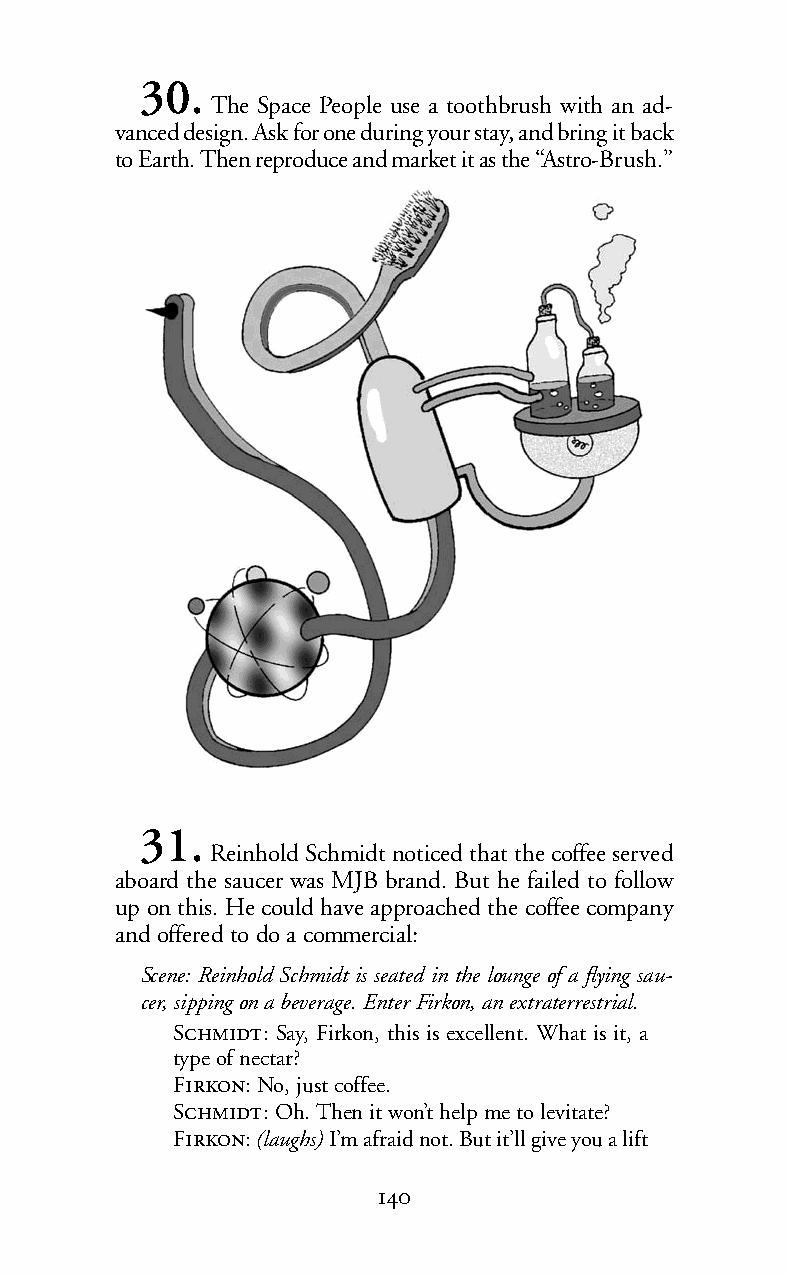
30.
 The Space People use a toothbrush with an ad-
 vanced design. Ask for one during your stay, and bring it back
 to Earth. Then reproduce and market it as the “Astro-Brush.”
 31.
 Reinhold Schmidt noticed that the coffee served
 aboard the saucer was MJB brand. But he failed to follow
 up on this. He could have approached the coffee company
 andofferedto doacommercial:
 Scene: Reinhold Schmidt is seated in the lounge of a flying sau-
 cer, sipping on a beverage. Enter Firkon, an extraterrestrial.
 S: Say, Firkon, this is excellent. What is it, a
 type of nectar?
 F:No, just coffee.
 S:Oh. Then it won’t help me to levitate?
 F:(laughs) I’m afraid not. But it’ll give you a lift
 